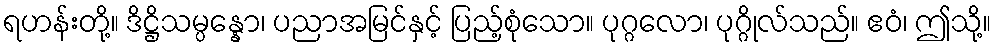
ရဟန်းတို့။ ဒိဋ္ဌိသမ္ပန္နော၊ ပညာအမြင်နှင့် ပြည့်စုံသော။ ပုဂ္ဂလော၊ ပုဂ္ဂိုလ်သည်။ ဧဝံ၊ ဤသို့။